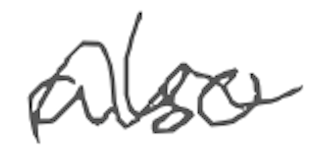
Text: also
Cross-out: wave
Writing tool: digital_gray